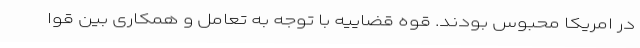
در امریکا محبوس بودند. قوه قضاییه با توجه به تعامل و همکاری بین قوا